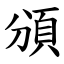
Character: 頒